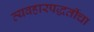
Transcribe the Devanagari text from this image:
व्यवहारपद्धतींचा